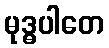
မုဒ္ဓပါတေ